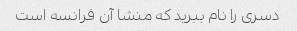
دسری را نام ببرید که منشا آن فرانسه است